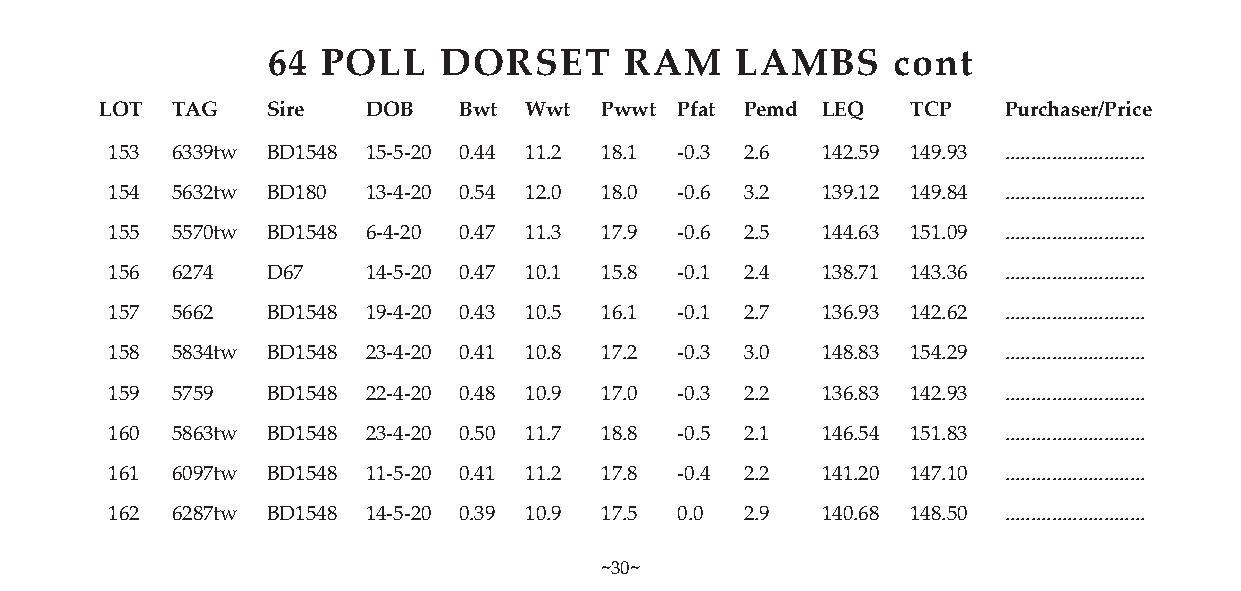
64 POLL    DORSET      RAM     LAMBS     cont
 LOT TAG    Sire  DOB   Bwt  Wwt  Pwwt Pfat Pemd LEQ  TCP   Purchaser/Price
 153 6339tw BD1548 15-5-20 0.44 11.2 18.1 -0.3 2.6 142.59 149.93 ...........................
 154 5632tw BD180 13-4-20 0.54 12.0 18.0 -0.6 3.2 139.12 149.84 ...........................
 155 5570tw BD1548 6-4-20 0.47 11.3 17.9 -0.6 2.5 144.63 151.09 ...........................
 156 6274   D67   14-5-20 0.47 10.1 15.8 -0.1 2.4 138.71 143.36 ...........................
 157 5662   BD1548 19-4-20 0.43 10.5 16.1 -0.1 2.7 136.93 142.62 ...........................
 158 5834tw BD1548 23-4-20 0.41 10.8 17.2 -0.3 3.0 148.83 154.29 ...........................
 159 5759   BD1548 22-4-20 0.48 10.9 17.0 -0.3 2.2 136.83 142.93 ...........................
 160 5863tw BD1548 23-4-20 0.50 11.7 18.8 -0.5 2.1 146.54 151.83 ...........................
 161 6097tw BD1548 11-5-20 0.41 11.2 17.8 -0.4 2.2 141.20 147.10 ...........................
 162 6287tw BD1548 14-5-20 0.39 10.9 17.5 0.0 2.9 140.68 148.50 ...........................
 ~30~